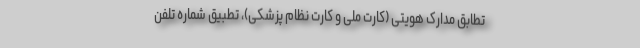
تطابق مدارک هویتی (کارت ملی و کارت نظام پزشکی)، تطبیق شماره تلفن